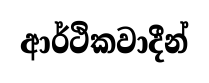
ආර්ථිකවාදීන්